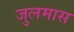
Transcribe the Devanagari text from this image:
जुलमास